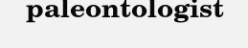
paleontologist